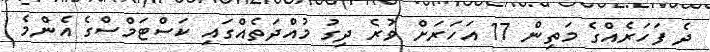
ދެ ފަހަރެއްގެ މަތިން 17 އަހަރަށް ވުރެ ދިގު މުއްދަތެއްގައި ކަސްޓަމްސްގެ އެންމެ